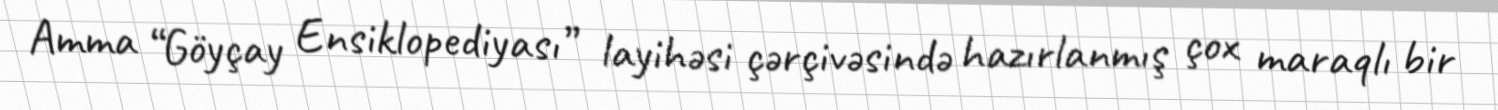
Amma “Göyçay Ensiklopediyası” layihəsi çərçivəsində hazırlanmış çox maraqlı bir